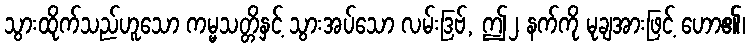
သွားထိုက်သည်ဟူသော ကမ္မသတ္တိနှင့် သွားအပ်သော လမ်းဒြဗ်, ဤ၂ နက်ကို မုချအားဖြင့် ဟော၏၊